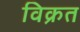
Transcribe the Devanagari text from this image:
विक्रत